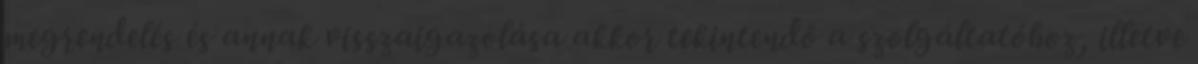
megrendelés és annak visszaigazolása akkor tekintendő a szolgáltatóhoz, illetve